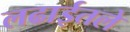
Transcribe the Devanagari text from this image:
लढाईतले